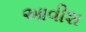
આવીશ